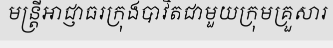
មន្ត្រីអាជ្ញាធរក្រុងបាវិតជាមួយក្រុមគ្រួសារ